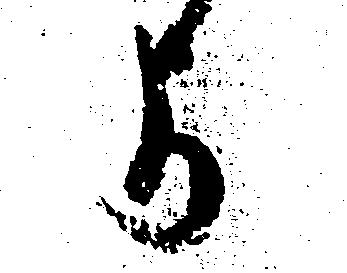
よ